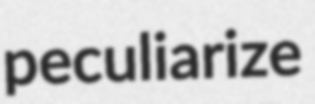
peculiarize